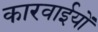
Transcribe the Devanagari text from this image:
कारवाईयों